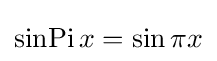
\operatorname {sinPi} x=\sin \pi x